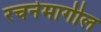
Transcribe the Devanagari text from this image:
रचनेमागील